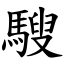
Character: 騪